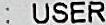
: USER